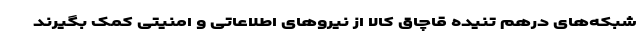
شبکه‌های درهم تنیده قاچاق کالا از نیروهای اطلاعاتی و امنیتی کمک بگیرند